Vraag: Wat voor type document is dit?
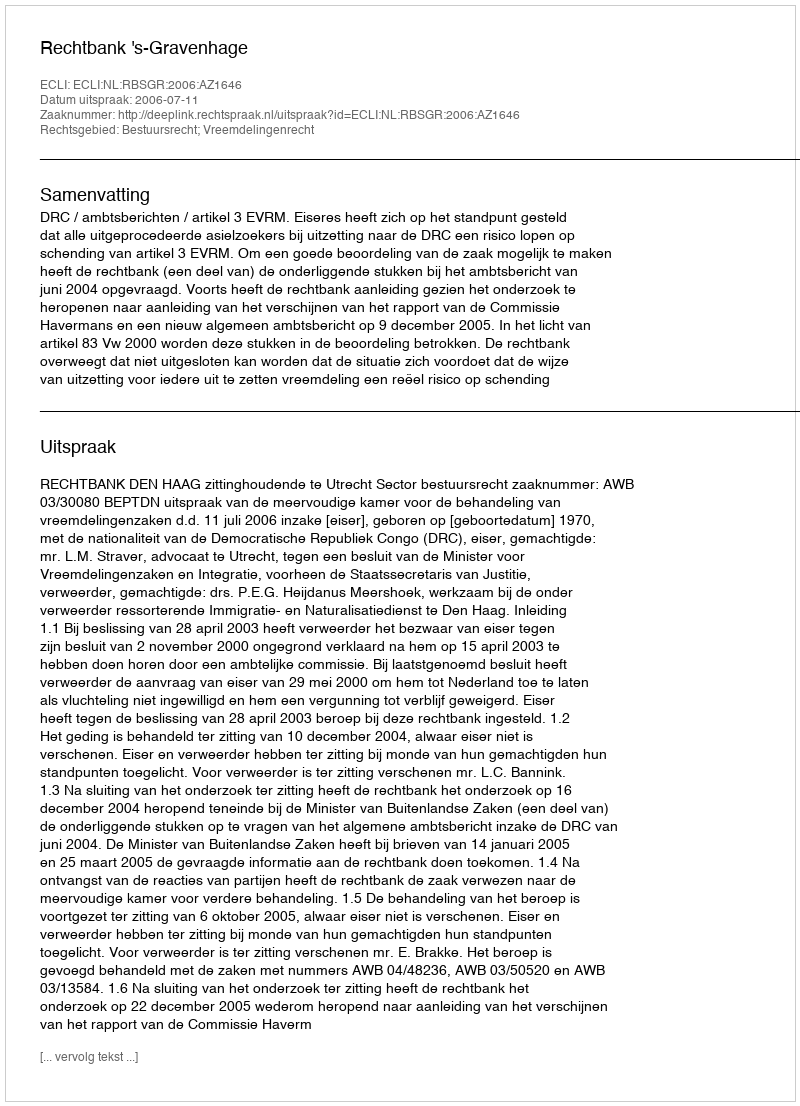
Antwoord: Uitspraak